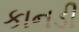
કાનડી